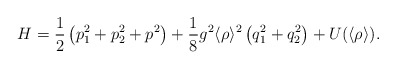
\begin{align*}H = \frac{1}{2}\left(p_1^2 + p_2^2 + p^2\right) + \frac{1}{8} g^{2} \langle\rho\rangle^{2} \left(q_1^2 + q_2^2\right) + U(\langle \rho\rangle).\end{align*}